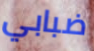
ضبابي